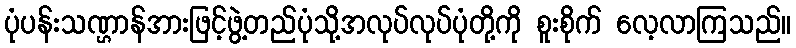
ပုံပန်းသဏ္ဌာန်အားဖြင့်ဖွဲ့တည်ပုံသို့အလုပ်လုပ်ပုံတို့ကို စူးစိုက် လေ့လာကြသည်။